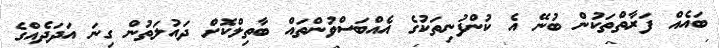
ބައެއް ފަރާތްތަކުން ބުނޭ އެ ކުންފުނިތަކުގެ އެއްބަސްވުންތައް ބާތިލްކޮށް ދައުލަތުން ގިނަ އަދަދެއްގެ